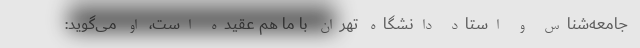
جامعه‌شناس و استاد دانشگاه تهران با ما هم عقیده است، او می‌گوید: